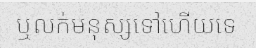
ឬលក់មនុស្សទៅហើយទេ